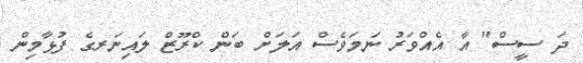
ދަ ސީސް" އާ އެއްވަރު ނަމަވެސް އަލަށް ބަން ކްރޫޒް ލައިނަރގެ ފުޅާމިން